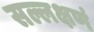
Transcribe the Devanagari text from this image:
सल्लक्षणं